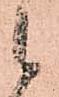
候